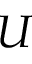
U